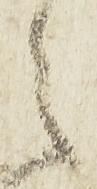
之